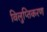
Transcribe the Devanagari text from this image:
विलुप्तिकरण